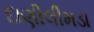
દાણીલીમડા